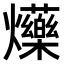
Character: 𤓈